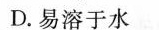
D.易溶于水